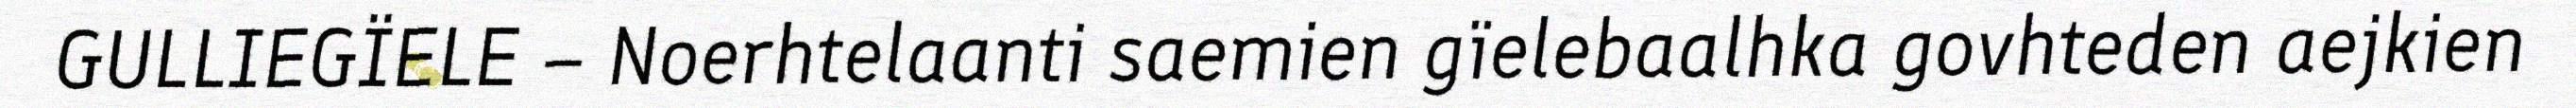
GULLIEGÏELE – Noerhtelaanti saemien gïelebaalhka govhteden aejkien